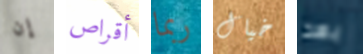
إن أقراص ربما خيال بهذا